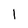
Character: l